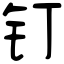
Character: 钉